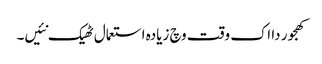
کھجور دا اک وقت وچ زیادہ استعمال ٹھیک نئیں۔